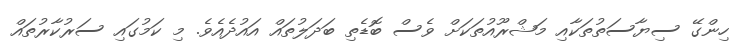
ހިންގޭ ސިޔާސަތުތަކާއި މަޝްރޫއުތަކަށް ވެސް ބޮޑެތި ބަދަލުތައް އައުދެއެވެ. މި ކަމުގައި ސަރުކާރުތައް